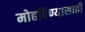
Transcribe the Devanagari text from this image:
मोहविण्यासाठी